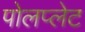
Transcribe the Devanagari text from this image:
पोलप्लेट